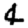
Digit: 4